Leaving Certificate, 1896
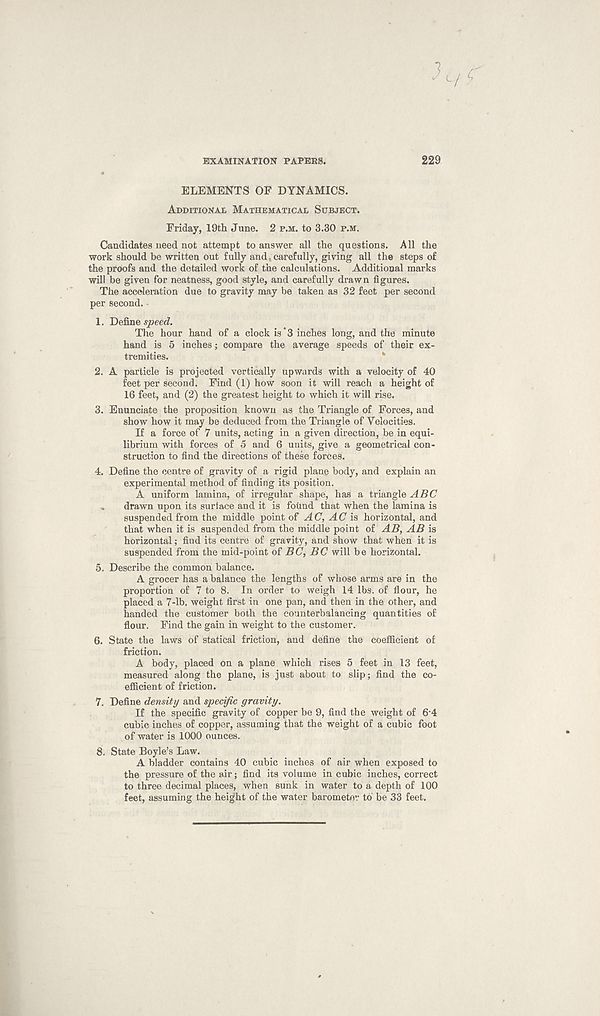
EXAMINATION PAPERS.
229
ELEMENTS OF DYNAMICS.
Additional Mathematical Subject.
Friday, 19th June. 2 p.m. to 3.30 p.m.
Candidates need not attempt to answer all the questions. All the
work should be written out fully and carefully, giving all the steps of
the proofs and the detailed work of the calculations. Additional marks
will be given for neatness, good style, and carefully drawn figures.
The acceleration due to gravity may be taken as 32 feet per second
per second.
1. Define speed.
The hour hand of a clock is" 3 inches long, and the minute
hand is 5 inches; compare the average speeds of their ex-
tremities.
2. A particle is projected vertically upwards with a velocity of 40
feet per second. Find (1) how soon it will reach a height of
16 feet, and (2) the greatest height to which it will rise.
3. Enunciate the proposition known as the Triangle of Forces, and
show how it may be deduced from the Triangle of Velocities.
If a force of 7 units, acting in a given direction, be in equi-
librium with forces of 5 and 6 units, give a geometrical con-
struction to find the directions of these forces.
4. Define the centre of gravity of a rigid plane body, and explain an
experimental method of finding its position.
A uniform lamina, of irregular shape, has a triangle ABC
. drawn upon its surface and it is found that when the lamina is
suspended from the middle point of AC, AC is horizontal, and
that when it is suspended from the middle point of AB, AB is
horizontal; find its centre of gravity, and show that when it is
suspended from the mid-point of BC, BC will be horizontal.
5. Describe the common balance.
A grocer has a balance the lengths of whose arms are in the
proportion of 7 to 8. In order to weigh 14 lbs. of flour, he
placed a 7-lb. weight first in one pan, and then in the other, and
handed the customer both the counterbalancing quantities of
flour. Find the gain in weight to the customer.
6. State the laws of statical friction, and define the coefficient of
friction.
A body, placed on a plane which rises 5 feet in 13 feet,
measured along the plane, is just about to slip; find the co-
efficient of friction.
7. Define density and specific gravity.
If the specific gravity of copper be 9, find the weight of 6 - 4
cubic inches of copper, assuming that the weight of a cubic foot
of water is 1000 ounces.
8. State Boyle’s Law.
A bladder contains 40 cubic inches of air when exposed to
the pressure of the air; find its volume in cubic inches, correct
to three decimal places, when sunk in water to a depth of 100
feet, assuming the height of the water barometer to be 33 feet.